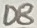
Text: D8